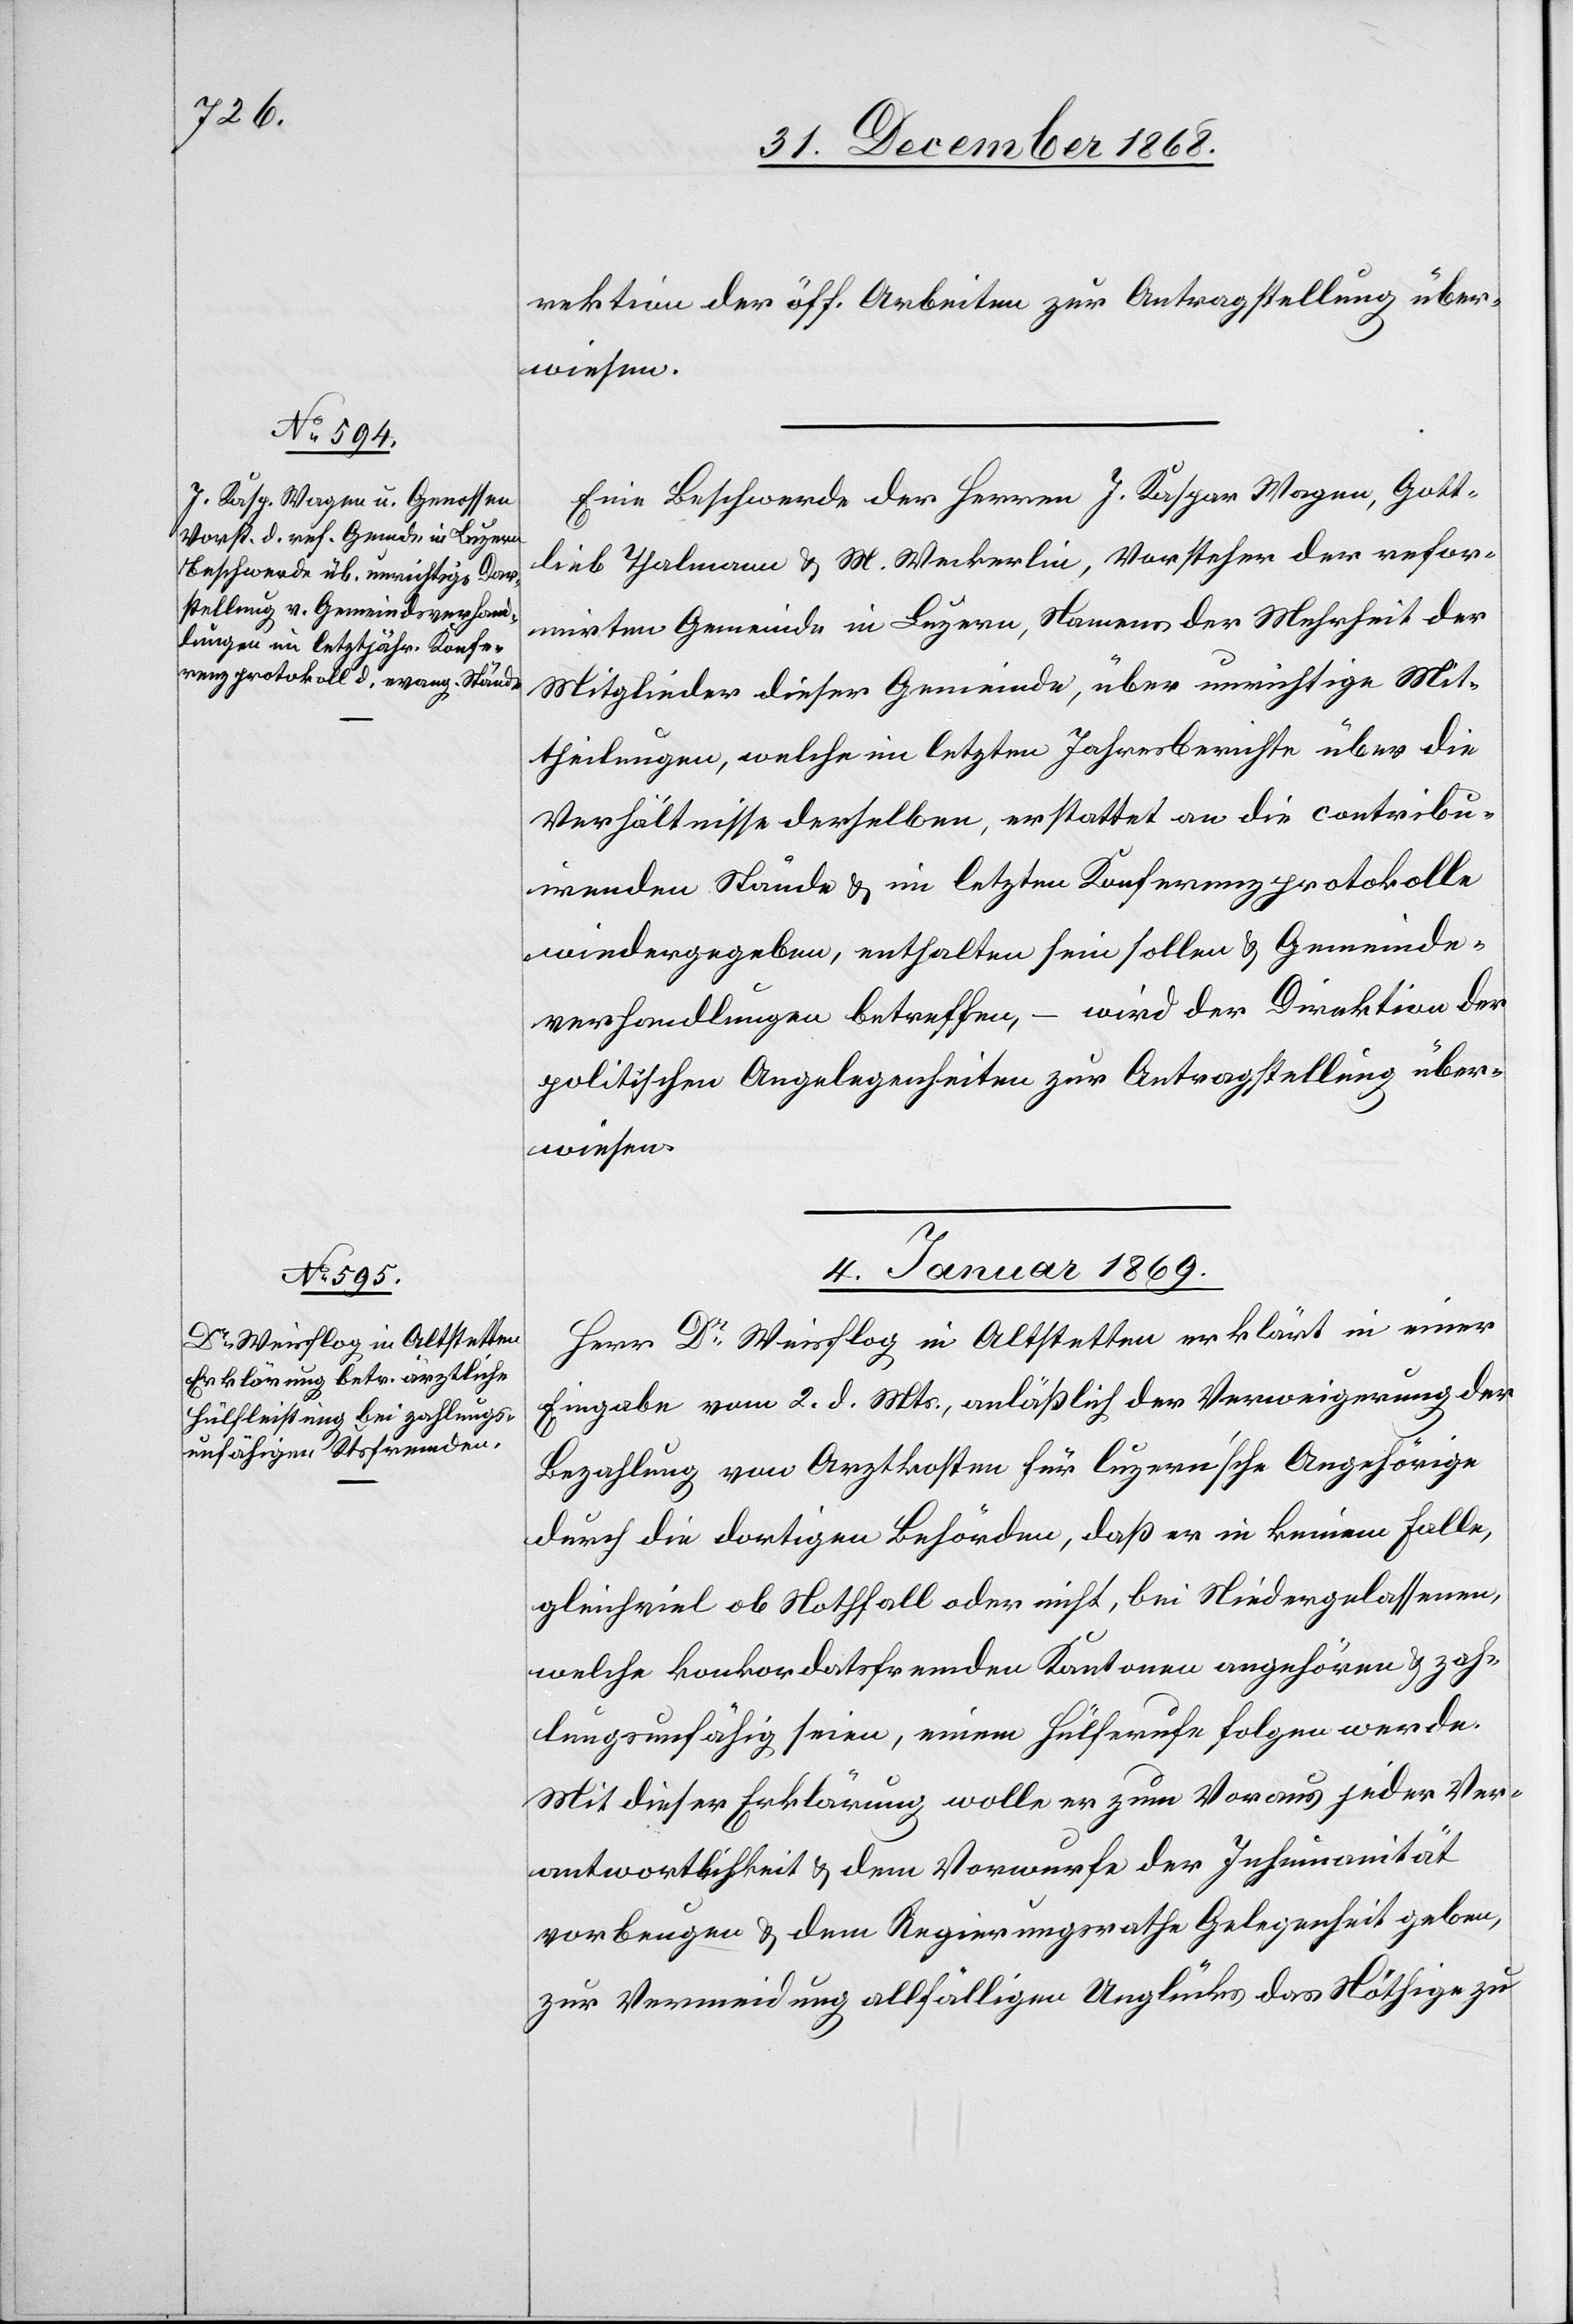
rektion der öff. Arbeiten zur Antragstellung über¬
Eine Beschwerde der Herren J. Kaspar Wagen, Gott¬
lieb Thalmann & M. Weckerlin, Vorsteher der refor¬
mirten Gemeinde in Luzern, Namens der Mehrheit der
Mitglieder dieser Gemeinde, über unrichtige Mit¬
theilungen, welche im letzten Jahresberichte über die
Verhältnisse derselben, erstattet an die contribu¬
irenden Stände & im letzten Konferenzprotokolle
wiedergegeben, enthalten sein sollen & Gemeinde¬
verhandlungen betreffen, – wird der Direktion der
politischen Angelegenheiten zur Antragstellung über¬
wiesen.
4. Januar 1869.
Herr Dr Weisflog in Altstetten erklärt in einer
Eingabe vom 2. d. Mts., anläßlich der Verweigerung der
Bezahlung von Arztkosten für luzern’sche Angehörige
durch die dortigen Behörden, daß er in keinem Falle,
gleichviel ob Nothfall oder nicht, bei Niedergelassenen,
welche konkordatsfremden Kantonen angehören & zah¬
lungsunfähig seien, einem Hülferufe folgen werde.
Mit dieser Erklärung wolle er zum Voraus jeder Ver¬
antwortlichkeit & dem Vorwurfe der Inhumanität
vorbeugen & dem Regierungsrathe Gelegenheit geben,
zur Vermeidung allfälligen Unglücks das Nöthige zu